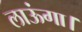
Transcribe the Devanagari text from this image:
लाऊंगा।